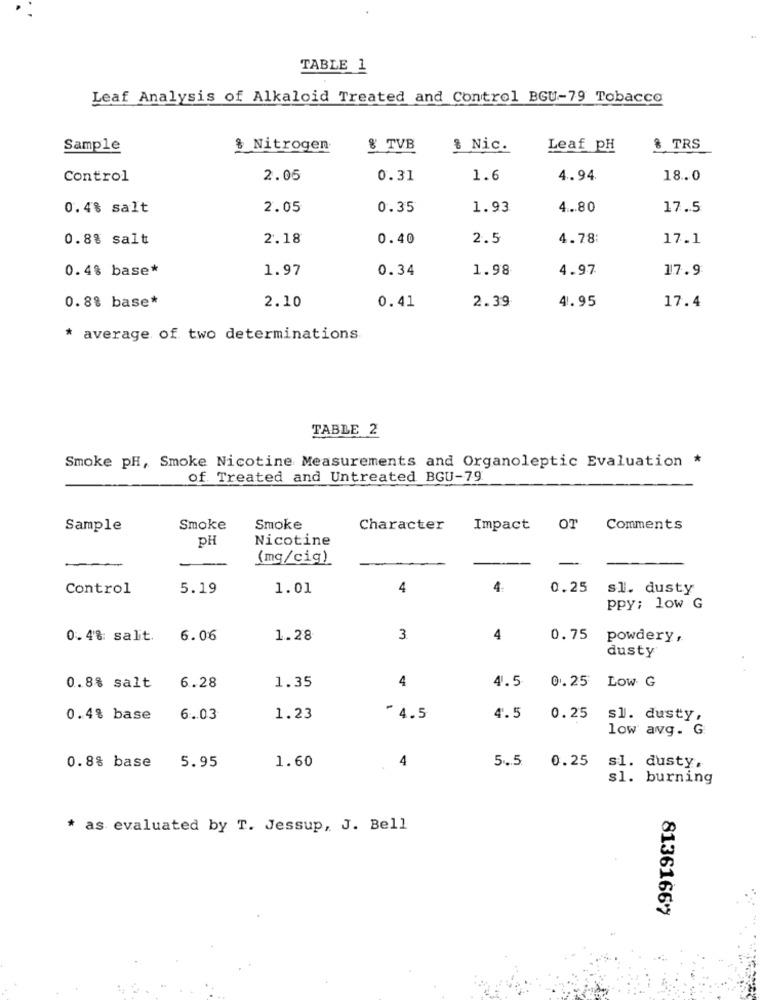
TABLE 1
Leaf Analysis of Alkaloid Treated and Control BGU-79 Tobacco
Sample
& Nitrogen
& TVB
& Nic.
Leaf pH
8 TRS
Control
2.05
0.31
1.6
4.94
18 .. 0
0.4% salt
2.05
0.35
1.93
4 ... 80
17.5
0.8% salt
2.18
0.40
2.5
4.78
17.1
0.4% base*
1.97
0.34
1.98
4.97
17.9
2.10
0.41
2.39
0.8% base*
4.95
17.4
* average of two determinations
TABLE 2
Smoke pH, Smoke Nicotine Measurements and Organoleptic Evaluation *
of Treated and Untreated BGU-79
Sample
Smoke
Smoke
Character
Impact OT Comments
PH
Nicotine
(mg/cig)
-
-
Control
5.19
1.01
4
4
0.25
sl. dusty
ppy; low G
0. 48: salit.
6.06
1.28
3.
4
0.75
powdery ,
dusty
4
4.5
0.25
Low G
0.8% salt
6.28
1.35
0.4% base
6.03
1.23
- 4.5
4.5
0.25
sl. dusty,
low avg. G.
4
5.5
0.25
0.8% base
5.95
1.60
s1. dusty,
s1. burning
* as evaluated by T. Jessup, J. Bell
81361667